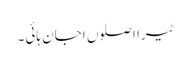
ٹیرا اصلوں اجان ہائی۔